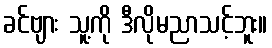
ခင်ဗျား သူ့ကို ဒီလိုမညာသင့်ဘူး။